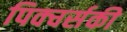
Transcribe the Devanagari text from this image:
पिक्चर्सकी